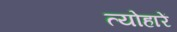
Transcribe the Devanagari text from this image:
त्योहारें